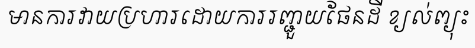
មានការវាយប្រហារដោយការរញ្ជួយផែនដី ខ្យល់ព្យុះ